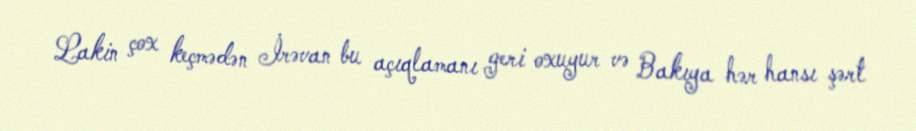
Lakin çox keçmədən İrəvan bu açıqlamanı geri oxuyur və Bakıya hər hansı şərt